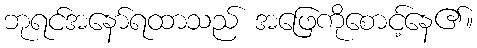
ဘုရင်အနော်ရထာသည် အဖြေကိုစောင့်နေ၏။